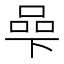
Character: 𱍠